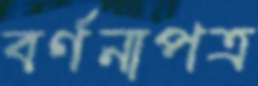
বর্ণনাপত্র